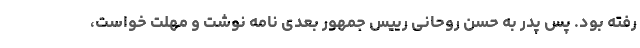
رفته بود. پس پدر به حسن روحانی رییس جمهور بعدی نامه نوشت و مهلت خواست،